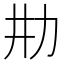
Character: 𰅉